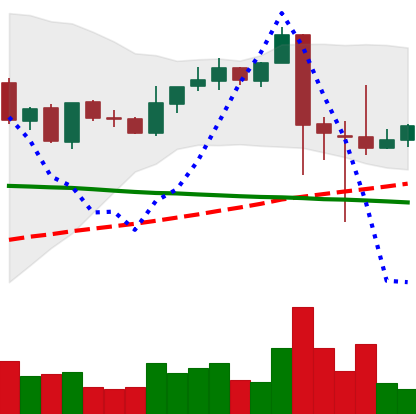
Ticker: XRP-USD
Chart end date: 2021-09-12
Forward return: -4.826%
Label: down_3_5